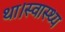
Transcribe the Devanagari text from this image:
था।स्वास्थ्य